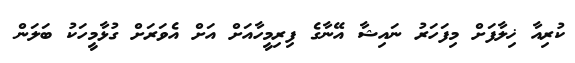
ކުރިއާ ޚިލާފަށް މިފަހަރު ނައިޝާ އޭނާގެ ފިރިމީހާއަށް އަށް އެވަރަށް ގުޅާމީހަކު ބަލަން